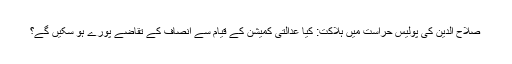
صلاح الدین کی پولیس حراست میں ہلاکت: کیا عدالتی کمیشن کے قیام سے انصاف کے تقاضے پورے ہو سکیں گے؟